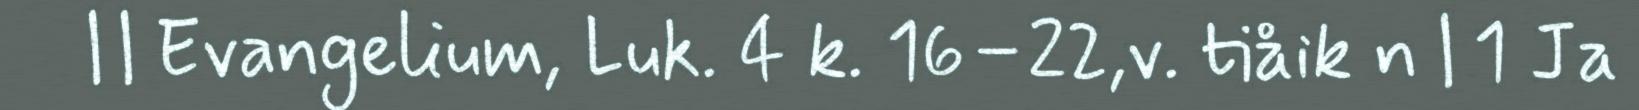
| | Evangelium, Luk. 4 k. 16–22,v. tiåik n | 1 Ja